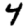
Digit: 4